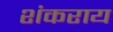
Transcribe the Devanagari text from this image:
शंकराय